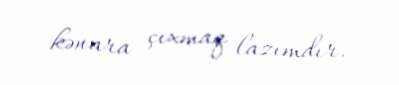
kənara çıxmaq lazımdır.